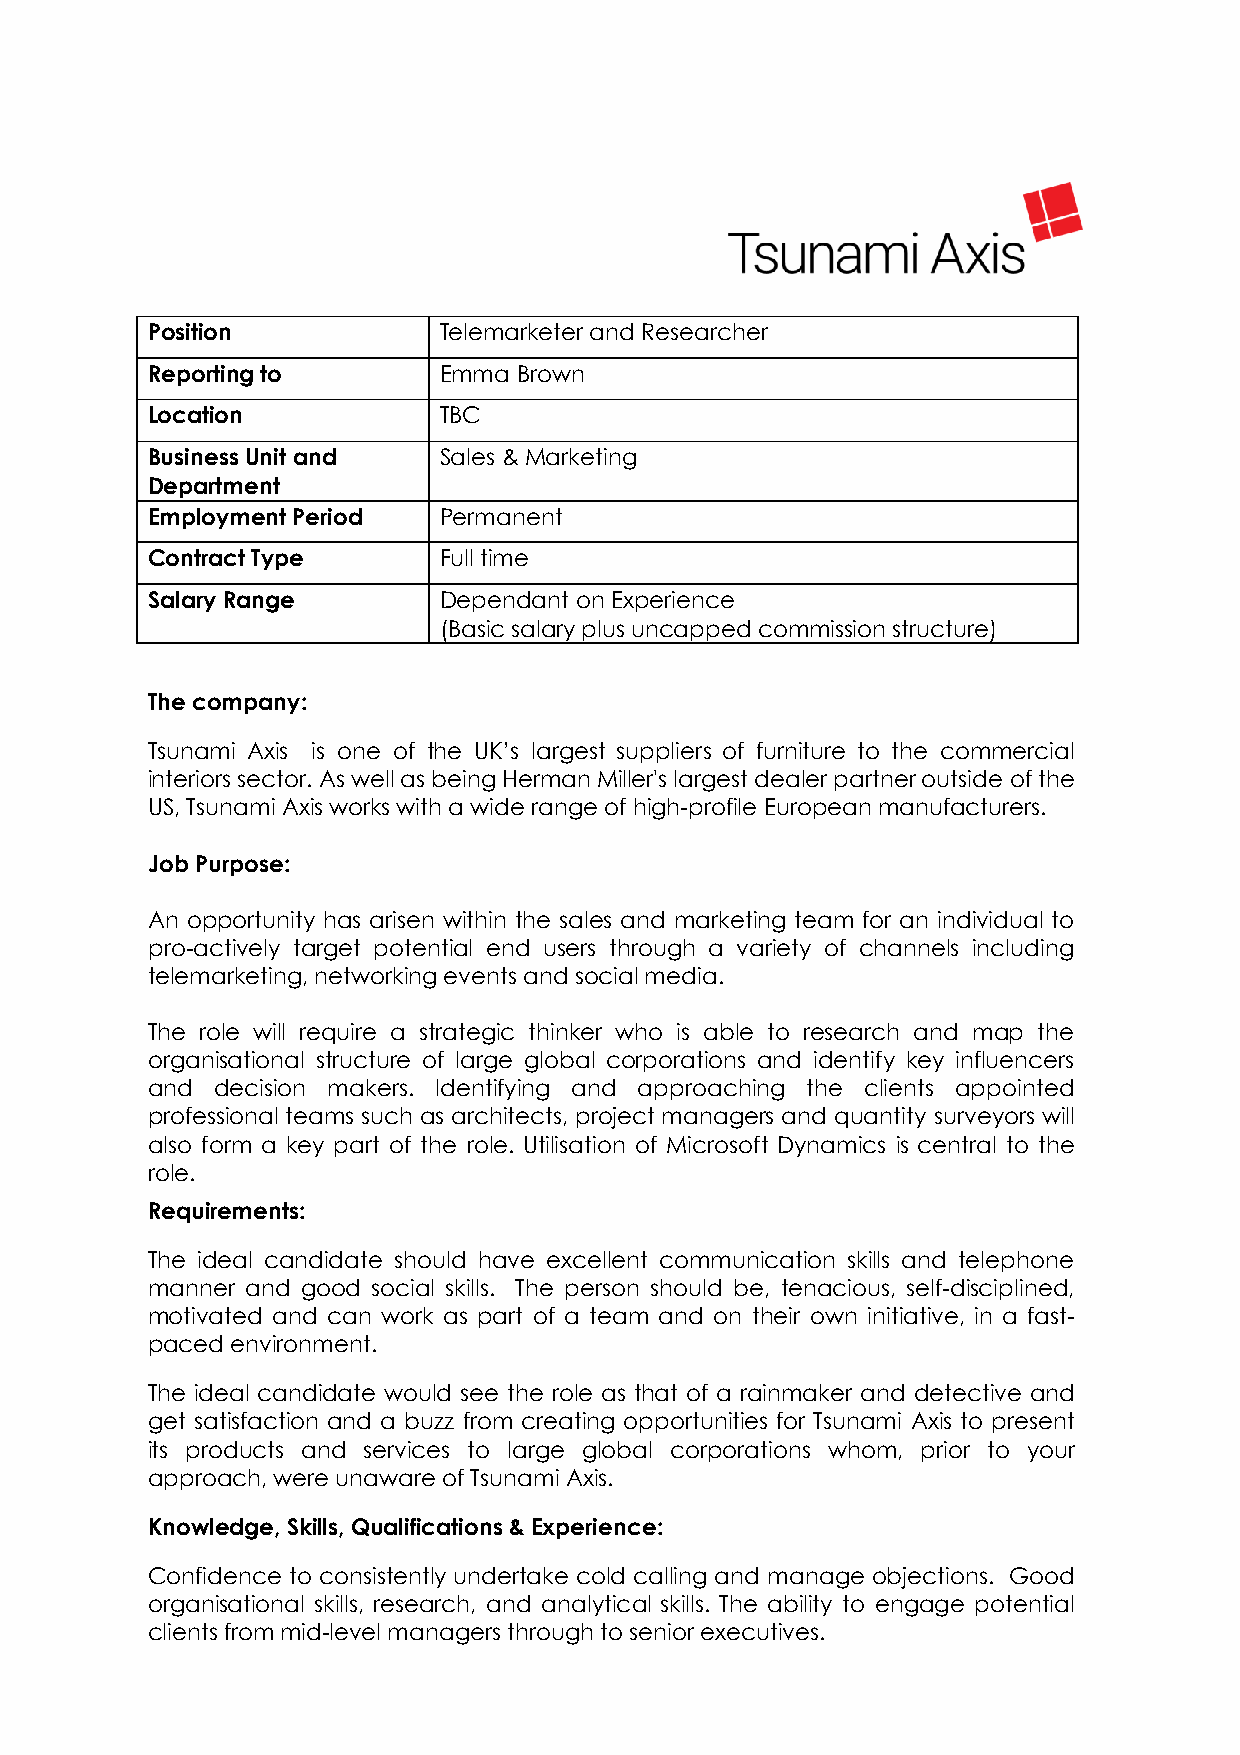
Position           Telemarketer and Researcher
 Reporting to       Emma Brown
 Location           TBC
 Business Unit and  Sales & Marketing
 Department
 Employment Period  Permanent
 Contract Type      Full time
 Salary Range       Dependant on Experience
 (Basic salary plus uncapped commission structure)
 The company:
 Tsunami Axis is one of the UK’s largest suppliers of furniture to the commercial
 interiors sector. As well as being Herman Miller's largest dealer partner outside of the
 US, Tsunami Axis works with a wide range of high-profile European manufacturers.
 Job Purpose:
 An opportunity has arisen within the sales and marketing team for an individual to
 pro-actively target potential end users through a variety of channels including
 telemarketing, networking events and social media.
 The role will require a strategic thinker who is able to research and map the
 organisational structure of large global corporations and identify key influencers
 and decision makers. Identifying and approaching the clients appointed
 professional teams such as architects, project managers and quantity surveyors will
 also form a key part of the role. Utilisation of Microsoft Dynamics is central to the
 role.
 Requirements:
 The ideal candidate should have excellent communication skills and telephone
 manner and good social skills. The person should be, tenacious, self-disciplined,
 motivated and can work as part of a team and on their own initiative, in a fast-
 paced environment.
 The ideal candidate would see the role as that of a rainmaker and detective and
 get satisfaction and a buzz from creating opportunities for Tsunami Axis to present
 its products and services to large global corporations whom, prior to your
 approach, were unaware of Tsunami Axis.
 Knowledge, Skills, Qualifications & Experience:
 Confidence to consistently undertake cold calling and manage objections. Good
 organisational skills, research, and analytical skills. The ability to engage potential
 clients from mid-level managers through to senior executives.